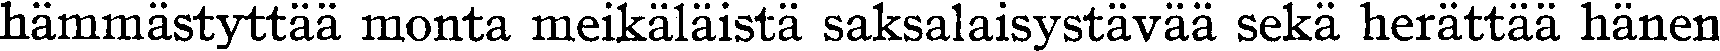
hämmästyttää monta meikäläistä saksalaisystävää sekä herättää hänen